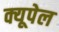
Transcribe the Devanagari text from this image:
क्यूपेल